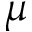
\mu